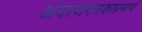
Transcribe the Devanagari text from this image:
अंदाजपत्रकाप्रमाणे